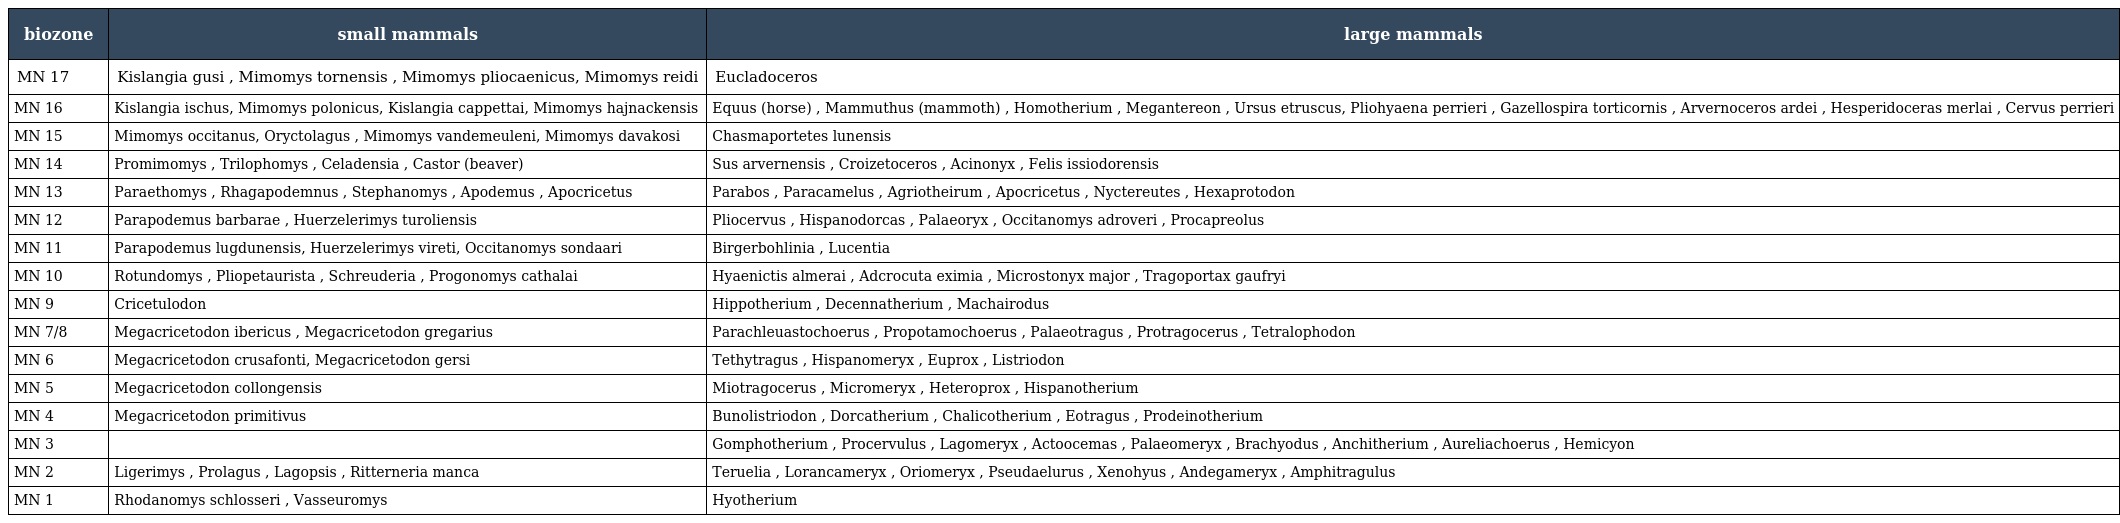
| biozone | small mammals | large mammals |
 | --- | --- | --- |
 | MN 17 | Kislangia gusi , Mimomys tornensis , Mimomys pliocaenicus, Mimomys reidi | Eucladoceros |
 | MN 16 | Kislangia ischus, Mimomys polonicus, Kislangia cappettai, Mimomys hajnackensis | Equus (horse) , Mammuthus (mammoth) , Homotherium , Megantereon , Ursus etruscus, Pliohyaena perrieri , Gazellospira torticornis , Arvernoceros ardei , Hesperidoceras merlai , Cervus perrieri |
 | MN 15 | Mimomys occitanus, Oryctolagus , Mimomys vandemeuleni, Mimomys davakosi | Chasmaportetes lunensis |
 | MN 14 | Promimomys , Trilophomys , Celadensia , Castor (beaver) | Sus arvernensis , Croizetoceros , Acinonyx , Felis issiodorensis |
 | MN 13 | Paraethomys , Rhagapodemnus , Stephanomys , Apodemus , Apocricetus | Parabos , Paracamelus , Agriotheirum , Apocricetus , Nyctereutes , Hexaprotodon |
 | MN 12 | Parapodemus barbarae , Huerzelerimys turoliensis | Pliocervus , Hispanodorcas , Palaeoryx , Occitanomys adroveri , Procapreolus |
 | MN 11 | Parapodemus lugdunensis, Huerzelerimys vireti, Occitanomys sondaari | Birgerbohlinia , Lucentia |
 | MN 10 | Rotundomys , Pliopetaurista , Schreuderia , Progonomys cathalai | Hyaenictis almerai , Adcrocuta eximia , Microstonyx major , Tragoportax gaufryi |
 | MN 9 | Cricetulodon | Hippotherium , Decennatherium , Machairodus |
 | MN 7/8 | Megacricetodon ibericus , Megacricetodon gregarius | Parachleuastochoerus , Propotamochoerus , Palaeotragus , Protragocerus , Tetralophodon |
 | MN 6 | Megacricetodon crusafonti, Megacricetodon gersi | Tethytragus , Hispanomeryx , Euprox , Listriodon |
 | MN 5 | Megacricetodon collongensis | Miotragocerus , Micromeryx , Heteroprox , Hispanotherium |
 | MN 4 | Megacricetodon primitivus | Bunolistriodon , Dorcatherium , Chalicotherium , Eotragus , Prodeinotherium |
 | MN 3 |  | Gomphotherium , Procervulus , Lagomeryx , Actoocemas , Palaeomeryx , Brachyodus , Anchitherium , Aureliachoerus , Hemicyon |
 | MN 2 | Ligerimys , Prolagus , Lagopsis , Ritterneria manca | Teruelia , Lorancameryx , Oriomeryx , Pseudaelurus , Xenohyus , Andegameryx , Amphitragulus |
 | MN 1 | Rhodanomys schlosseri , Vasseuromys | Hyotherium |